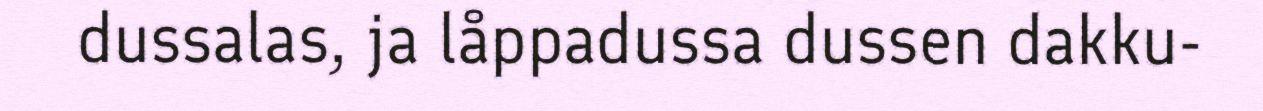
dussalas, ja låppadussa dussen dakku-